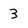
Character: 3